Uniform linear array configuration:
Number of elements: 48
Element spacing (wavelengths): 1
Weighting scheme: cosine
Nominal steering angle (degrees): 30
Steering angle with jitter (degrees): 30.176
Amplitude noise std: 0.05
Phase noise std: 0.05

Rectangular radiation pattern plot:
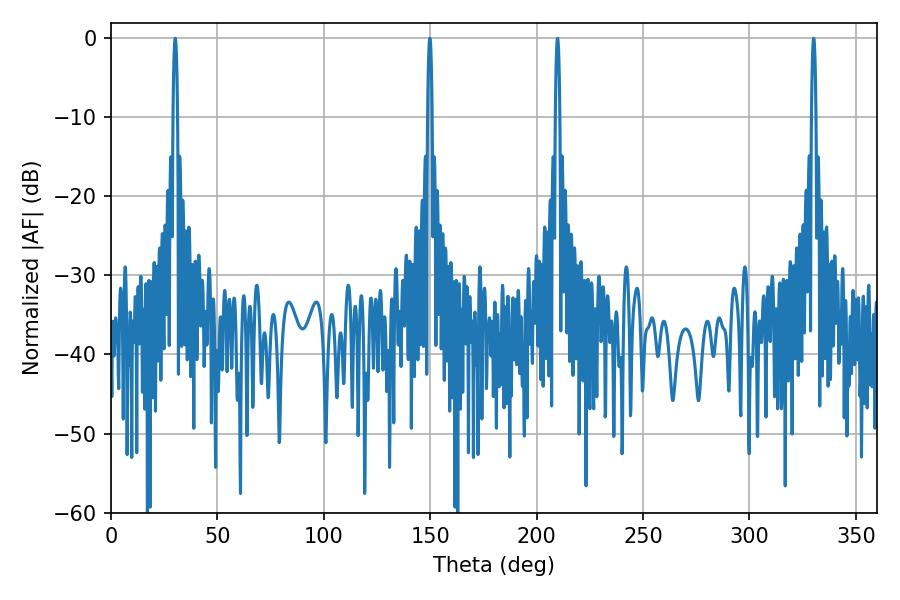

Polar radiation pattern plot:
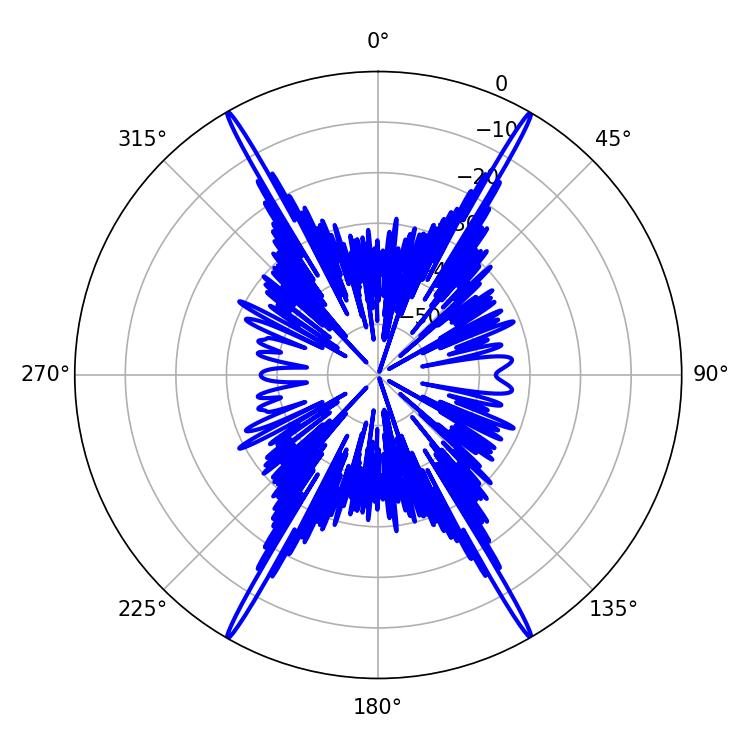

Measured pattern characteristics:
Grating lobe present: TRUE
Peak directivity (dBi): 37.679
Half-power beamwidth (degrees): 1.08
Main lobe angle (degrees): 330.12